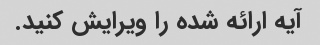
آیه ارائه شده را ویرایش کنید.